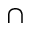
\cap